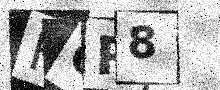
Text: HQR8